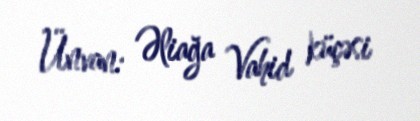
Ünvan: Əliağa Vahid küçəsi